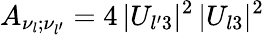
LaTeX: A_{\nu_{l};\nu_{l^{\prime}}}=4\, |U_{l^{\prime}3}|^{2}\, |U_{l3}|^{2}